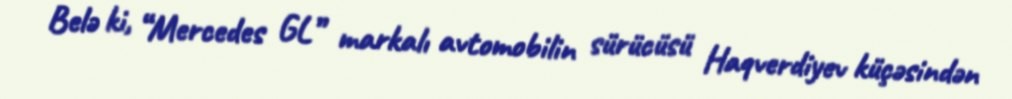
Belə ki, “Mercedes GL” markalı avtomobilin sürücüsü Haqverdiyev küçəsindən